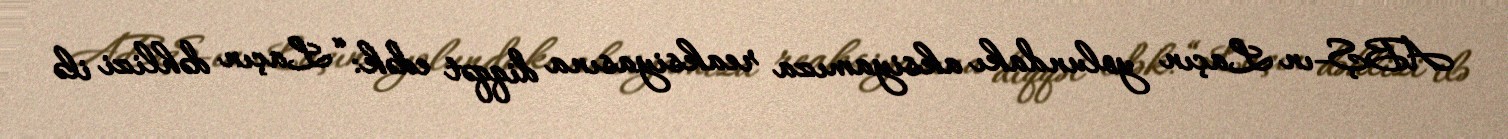
ABŞ-ın Laçın yolundakı aksiyamıza reaksiyasına diqqət edək: “Laçın dəhlizi ilə